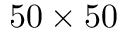
5 0 \times 5 0